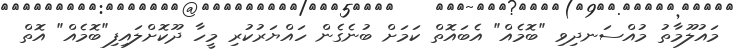
މައުލޫމާތު މުއްސަނދިވި "ބޮމެއް" އެބައޮތް ކަމަށް ބުނެގެން ހައްޔަރުކުރި މީހާ ދޫކޮށްލައިފި"ބޮމެއް" އޮތް